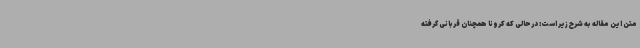
متن این مقاله به شرح زیر است: درحالی که کرونا همچنان قربانی گرفته